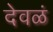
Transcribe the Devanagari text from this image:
देवळं